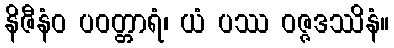
နိဇီနံဝ ပဝတ္တာရံ၊ ယံ ပဿ ဝဇ္ဇဒဿိနံ။